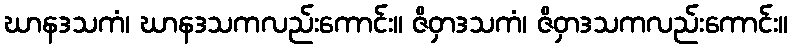
ဃာနဒသကံ၊ ဃာနဒသကလည်းကောင်း။ ဇိဝှာဒသကံ၊ ဇိဝှာဒသကလည်းကောင်း။